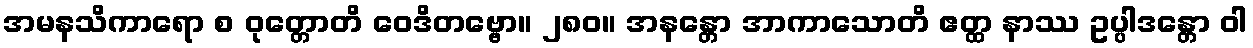
အမနသိကာရော စ ဝုတ္တောတိ ဝေဒိတဗ္ဗော။ ၂၈၀။ အနန္တော အာကာသောတိ ဧတ္ထ နာဿ ဥပ္ပါဒန္တော ဝါ